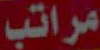
مراتب